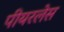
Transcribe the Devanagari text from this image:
पीयरलेस